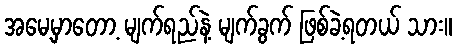
အမေ့မှာတော့ မျက်ရည်နဲ့ မျက်ခွက် ဖြစ်ခဲ့ရတယ် သား။